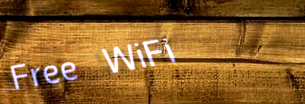
Free WiFi